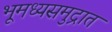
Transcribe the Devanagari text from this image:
भूमध्यसमुद्रात